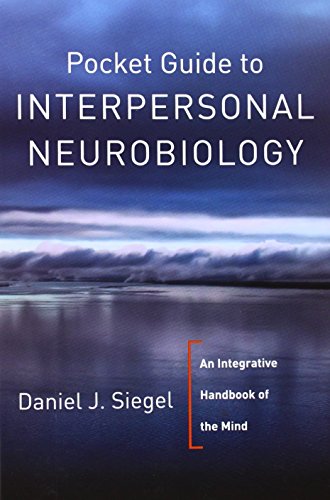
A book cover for Pocket Guide to Interpersonal Neurobiology: An Integrative Handbook of the Mind (Norton Series on Interpersonal Neurobiology); Daniel J. Siegel M.D.; Medical Books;